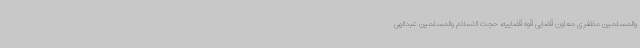
والمسلمین مظفری معاون قضایی قوه قضاییه، حجت الاسلام والمسلمین عبدالهی